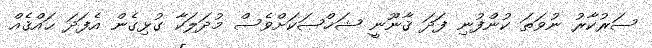
ސަރުކާރު ނުވަތަ ކުންފުނި ފަދަ ޤާނޫނީ ޝަޚްޞަކަށްވެސް މުދަލަކާ ގުޅިގެން އެފަދަ ޙައްޤެއް